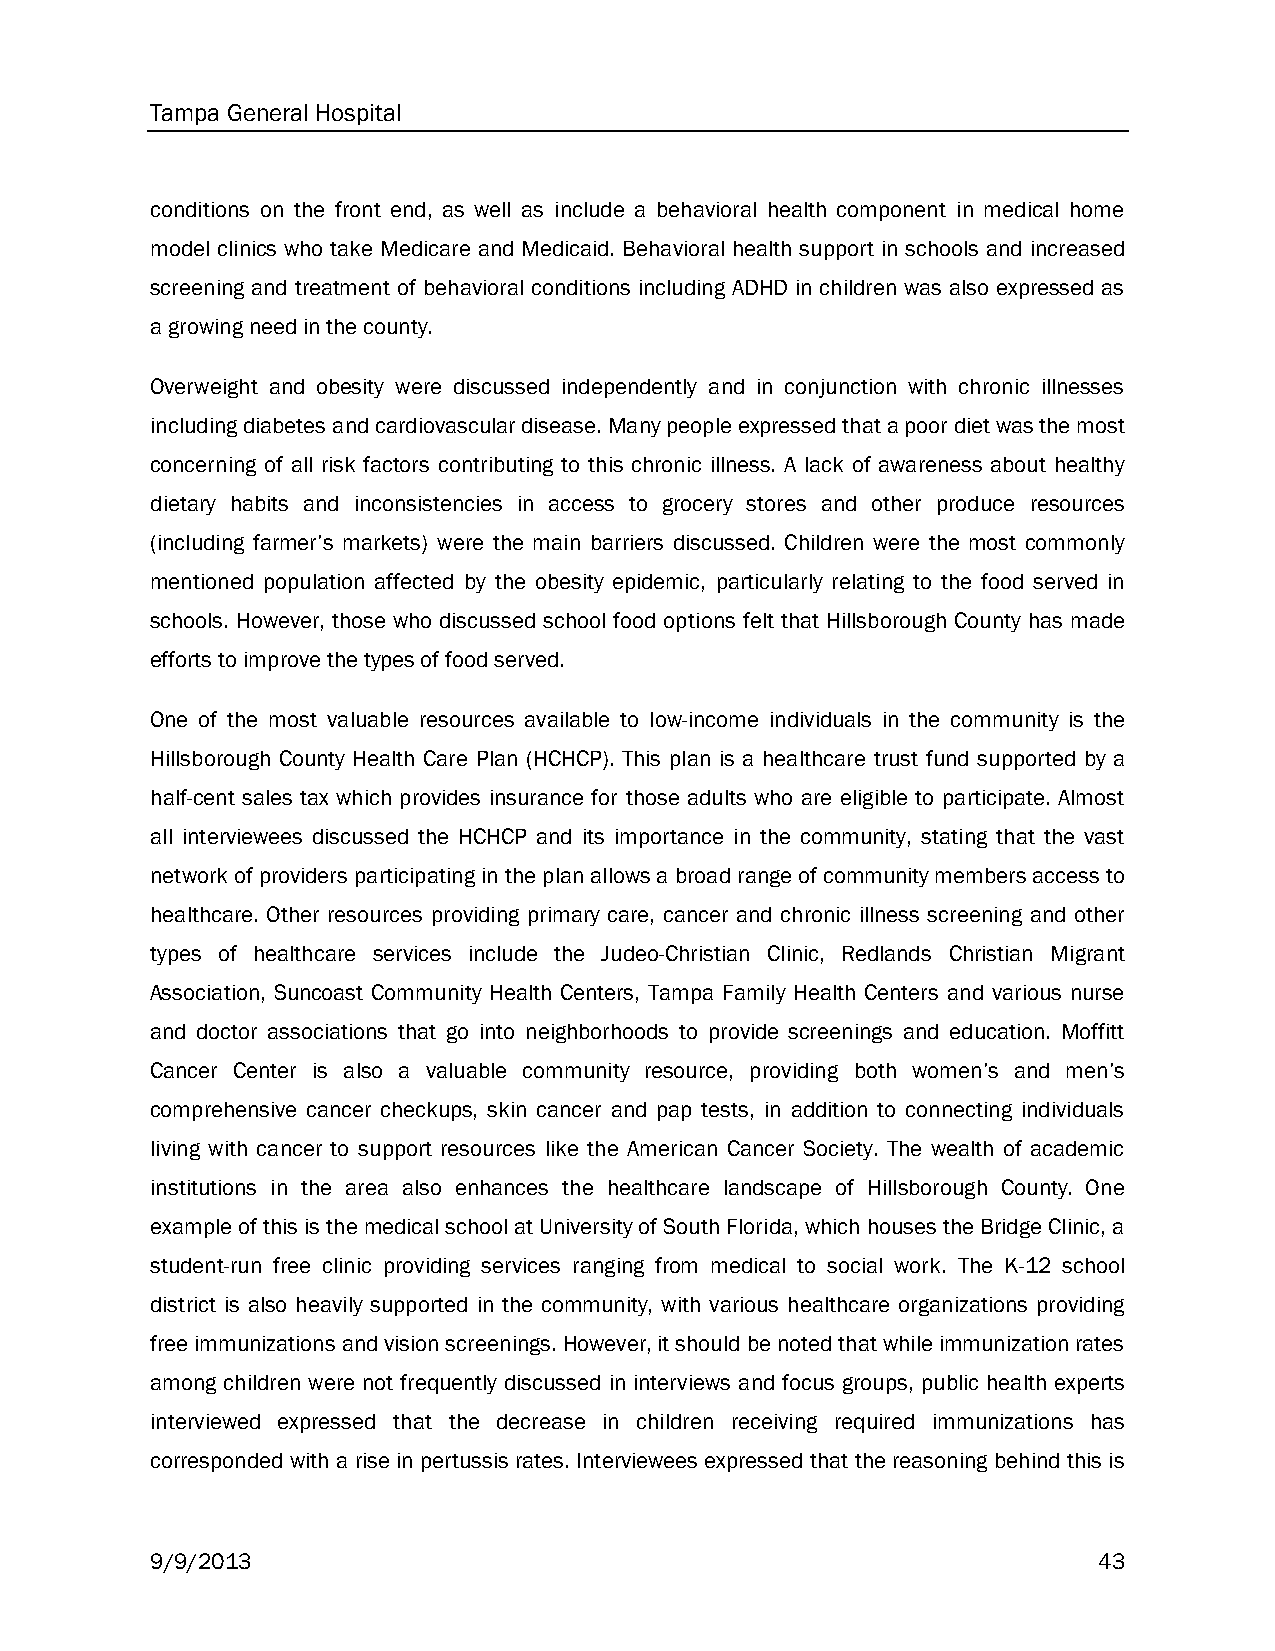
Tampa General Hospital
 conditions on the front end, as well as include a behavioral health component in medical home
 model clinics who take Medicare and Medicaid. Behavioral health support in schools and increased
 screening and treatment of behavioral conditions including ADHD in children was also expressed as
 a growing need in the county.
 Overweight and obesity were discussed independently and in conjunction with chronic illnesses
 including diabetes and cardiovascular disease. Many people expressed that a poor diet was the most
 concerning of all risk factors contributing to this chronic illness. A lack of awareness about healthy
 dietary habits and inconsistencies in access to grocery stores and other produce resources
 (including farmer’s markets) were the main barriers discussed. Children were the most commonly
 mentioned population affected by the obesity epidemic, particularly relating to the food served in
 schools. However, those who discussed school food options felt that Hillsborough County has made
 efforts to improve the types of food served.
 One of the most valuable resources available to low-income individuals in the community is the
 Hillsborough County Health Care Plan (HCHCP). This plan is a healthcare trust fund supported by a
 half-cent sales tax which provides insurance for those adults who are eligible to participate. Almost
 all interviewees discussed the HCHCP and its importance in the community, stating that the vast
 network of providers participating in the plan allows a broad range of community members access to
 healthcare. Other resources providing primary care, cancer and chronic illness screening and other
 types of healthcare services include the Judeo-Christian Clinic, Redlands Christian Migrant
 Association, Suncoast Community Health Centers, Tampa Family Health Centers and various nurse
 and doctor associations that go into neighborhoods to provide screenings and education. Moffitt
 Cancer Center is also a valuable community resource, providing both women’s and men’s
 comprehensive cancer checkups, skin cancer and pap tests, in addition to connecting individuals
 living with cancer to support resources like the American Cancer Society. The wealth of academic
 institutions in the area also enhances the healthcare landscape of Hillsborough County. One
 example of this is the medical school at University of South Florida, which houses the Bridge Clinic, a
 student-run free clinic providing services ranging from medical to social work. The K-12 school
 district is also heavily supported in the community, with various healthcare organizations providing
 free immunizations and vision screenings. However, it should be noted that while immunization rates
 among children were not frequently discussed in interviews and focus groups, public health experts
 interviewed expressed that the decrease in children receiving required immunizations has
 corresponded with a rise in pertussis rates. Interviewees expressed that the reasoning behind this is
 9/9/2013                                                       43